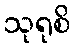
သုရုစိ